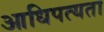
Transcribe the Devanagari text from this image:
आधिपत्यता